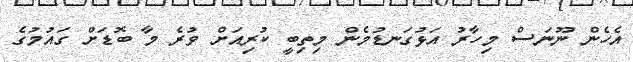
އެހެން ނޫނަސް މިހާރު އަޅުގަނޑުމެން މިތިބީ ކުރިއަށް ވުރެ މާ ބޮޑަށް ގައުމުގެ